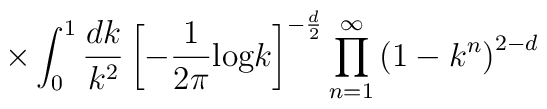
\times \int_{0}^{1} \frac{dk}{k^{2}} \left[ - \frac{1}{2 \pi} \mbox{log} k \right]^{-\frac{d}{2}} \prod_{n=1}^{\infty} \left( 1 -k^{n} \right)^{2-d}